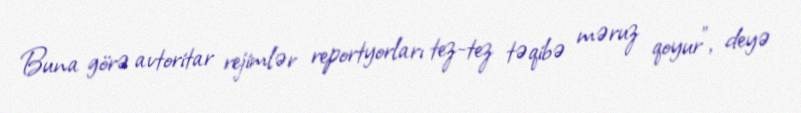
Buna görə avtoritar rejimlər reportyorları tez-tez təqibə məruz qoyur”, deyə